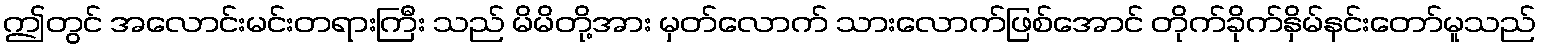
ဤတွင် အလောင်းမင်းတရားကြီး သည် မိမိတို့အား မှတ်လောက် သားလောက်ဖြစ်အောင် တိုက်ခိုက်နှိမ်နင်းတော်မူသည်